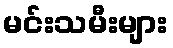
မင်းသမီးများ